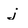
Character: j